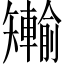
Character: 𪿐